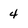
Character: 4